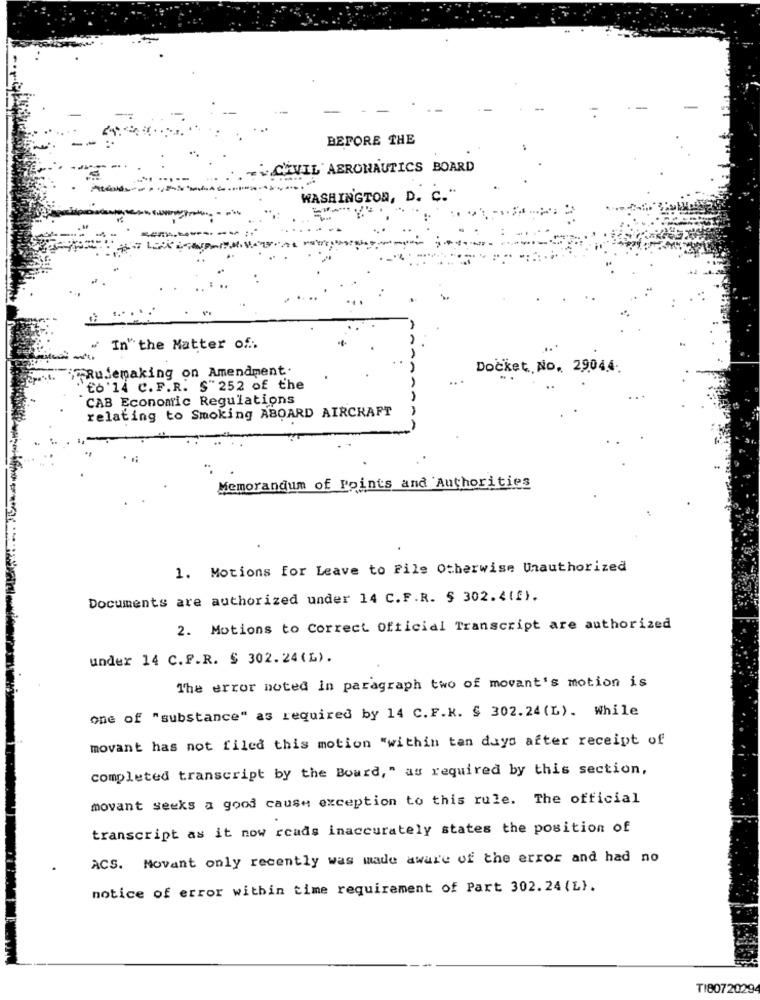
BEFORE THE
CIVIL AERONAUTICS BOARD
WASHINGTON, D. C."
" In" the Matter of:
Rulemaking on Amendment.
Docket No, 2904.4.
.. .
to '14 C.F.R. S" 252 of the
CAB Economic Regulations
relating to Smoking ABOARD AIRCRAFT
Memorandum of Points and Authorities
1. Motions for Leave to File Otherwise Unauthorized
Documents are authorized under 14 C.F.R. $ 302.4(2).
2. Motions to Correct Official Transcript are authorized
under 14 C.P.R. $ 302.24(L).
The error noted in paragraph two of movant's motion is
one of "substance" as required by 14 C. F.K. § 302.24 (L). While
movant has not filed this motion "within tan days after receipt of
completed transcript by the Board," as required by this section,
movant seeks a good cause exception to this rule. The official
transcript as it now roads inaccurately states the position of
ACS. Novant only recently was made aware of the error and had no
notice of error within time requirement of Part 302.24 (L).
TI8072029